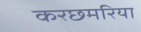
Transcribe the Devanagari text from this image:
करछमरिया